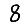
Digit: 8